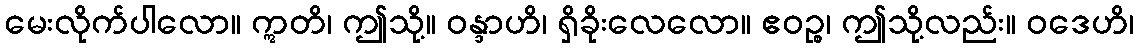
မေးလိုက်ပါလော။ ဣတိ၊ ဤသို့။ ဝန္ဒာဟိ၊ ရှိခိုးလေလော။ ဧဝဉ္စ၊ ဤသို့လည်း။ ဝဒေဟိ၊